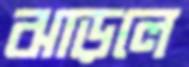
ঝাড়লে